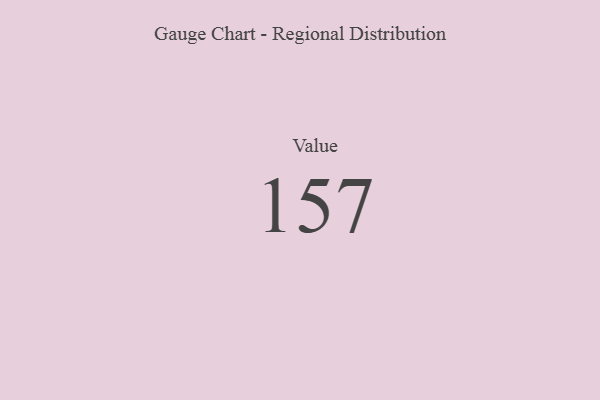
{"axis": {"x": "Metric", "y": "Value"}, "legend": [""], "data": [{"x": "Value", "y": 157, "type": ""}]}